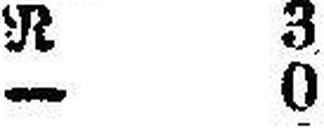
— 0